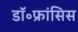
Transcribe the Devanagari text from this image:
डॉ॰फ्रांसिस